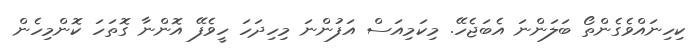
ކިހިނައްވެގެންތޯ ބަލަންނަ އެބަޖެހޭ. މިކަމިއަސް އަފުންނަ މިހިދަހަ ހީވެފޭ އޮންނާ ގޮތަހަ ކޮންމިހެން